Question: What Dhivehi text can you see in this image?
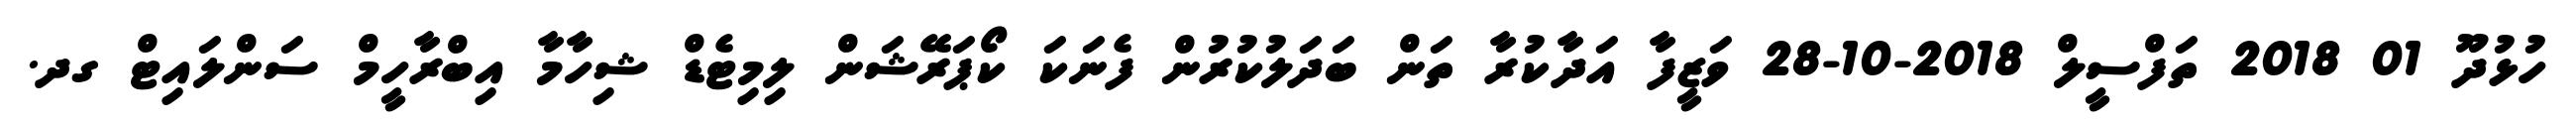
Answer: ހުޅުދޫ 01 2018 ތަފްސީލް 2018-10-28 ވަޒީފާ އަދާކުރާ ތަން ބަދަލުކުރުން ފެނަކަ ކޯޕަރޭޝަން ލިމިޓެޑް ޝިހާމާ އިބްރާހީމް ސަންލައިޓް ގދ.